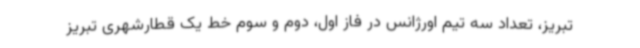
تبریز، تعداد سه تیم اورژانس در فاز اول، دوم و سوم خط یک قطارشهری تبریز